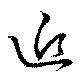
近